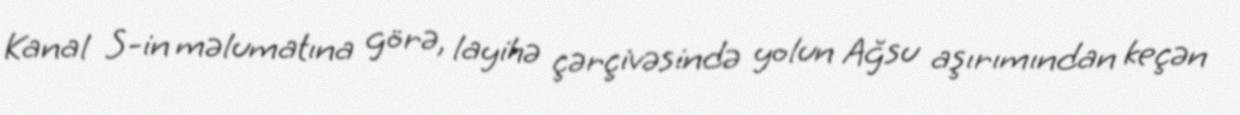
Kanal S-in məlumatına görə, layihə çərçivəsində yolun Ağsu aşırımından keçən